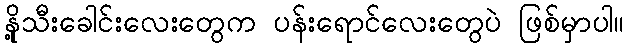
နို့သီးခေါင်းလေးတွေက ပန်းရောင်လေးတွေပဲ ဖြစ်မှာပါ။